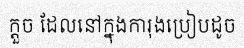
ក្តួច ដែលនៅក្នុងការុងប្រៀបដូច